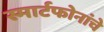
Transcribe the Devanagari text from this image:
स्मार्टफोनांचे